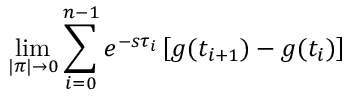
\operatorname* { l i m } _ { | \pi | \to 0 } \sum _ { i = 0 } ^ { n - 1 } e ^ { - s \tau _ { i } } \left[ g ( t _ { i + 1 } ) - g ( t _ { i } ) \right]